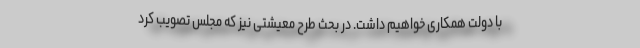
با دولت همکاری خواهیم داشت. در بحث طرح معیشتی نیز که مجلس تصویب کرد